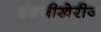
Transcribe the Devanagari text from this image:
इंग्रजीखेरीज